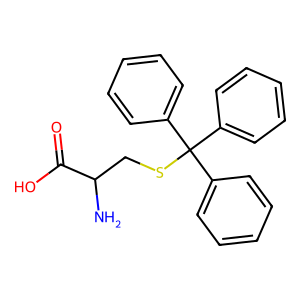
SMILES: NC(CSC(c1ccccc1)(c1ccccc1)c1ccccc1)C(=O)O
Inhibits HIV replication: No